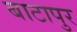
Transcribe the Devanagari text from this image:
बाटापुर